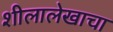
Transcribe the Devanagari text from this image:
शीलालेखाचा